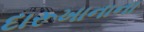
દારૂખાનાના